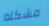
مشكله